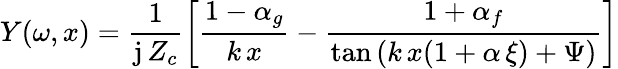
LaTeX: Y(\omega,x)=\frac{1}{\mathrm{j}\, Z_{c}}\left[\frac{1-\alpha_{g}}{k\, x}-\frac{1+\alpha_{f}}{\tan{(k\, x(1+\alpha\, \xi)+\Psi)}}\right]